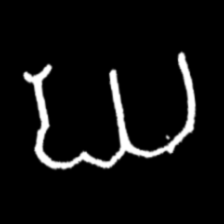
Pyu character \u2014 Myanmar letter: ဃ (romanized: gha)